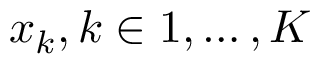
\boldsymbol { x } _ { k } , k \in { 1 , \ldots , K }